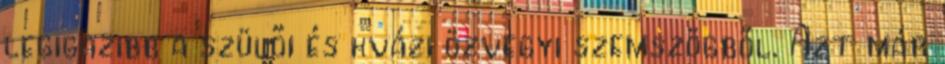
legigazibb a szülői és kvázi özvegyi szemszögből. Azt már